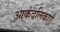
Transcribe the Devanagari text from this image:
आकंदलिकाएँ